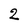
Character: 2